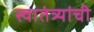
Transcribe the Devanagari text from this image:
स्वातंत्र्यांची